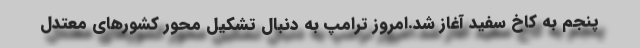
پنجم به کاخ سفید آغاز شد.امروز ترامپ به دنبال تشکیل محور کشورهای معتدل